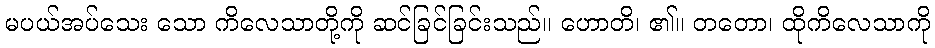
မပယ်အပ်သေး သော ကိလေသာတို့ကို ဆင်ခြင်ခြင်းသည်။ ဟောတိ၊ ၏။ တတော၊ ထိုကိလေသာကို